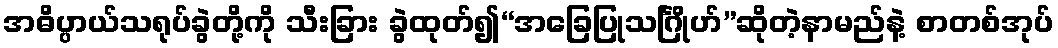
အဓိပ္ပာယ်သရုပ်ခွဲတို့ကို သီးခြား ခွဲထုတ်၍“အခြေပြုသင်္ဂြိုဟ်”ဆိုတဲ့နာမည်နဲ့ စာတစ်အုပ်